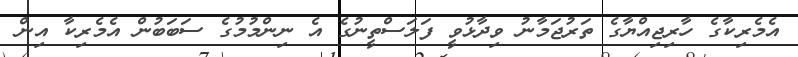
އެމެރިކާގެ ހާރިޖިއްޔާގެ ތަރުޖަމާނު ވިދާޅުވީ ފަލަސްތީނުގެ އެ ނިންމުމުގެ ސަބަބުން އެމެރިކާ އިން